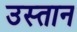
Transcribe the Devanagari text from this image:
उस्तान